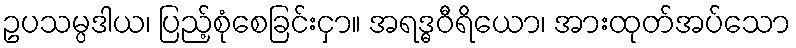
ဥပသမ္ပဒါယ၊ ပြည့်စုံစေခြင်းငှာ။ အရဒ္ဓဝီရိယော၊ အားထုတ်အပ်သော